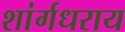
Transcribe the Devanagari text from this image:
शांर्गधराय